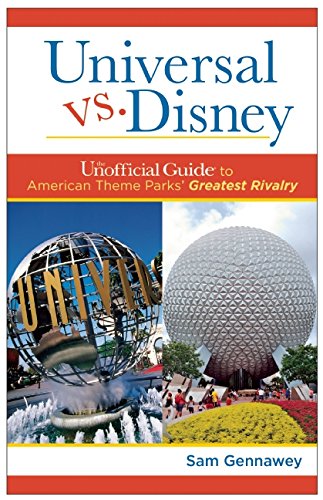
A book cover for Universal versus Disney: The Unofficial Guide to American Theme Parks' Greatest Rivalry; Sam Gennawey; Business & Money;